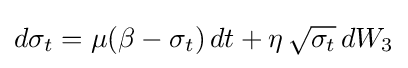
d\sigma _{t}=\mu (\beta -\sigma _{t})\,dt+\eta \,{\sqrt {\sigma _{t}}}\,dW_{3}